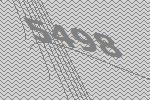
5498